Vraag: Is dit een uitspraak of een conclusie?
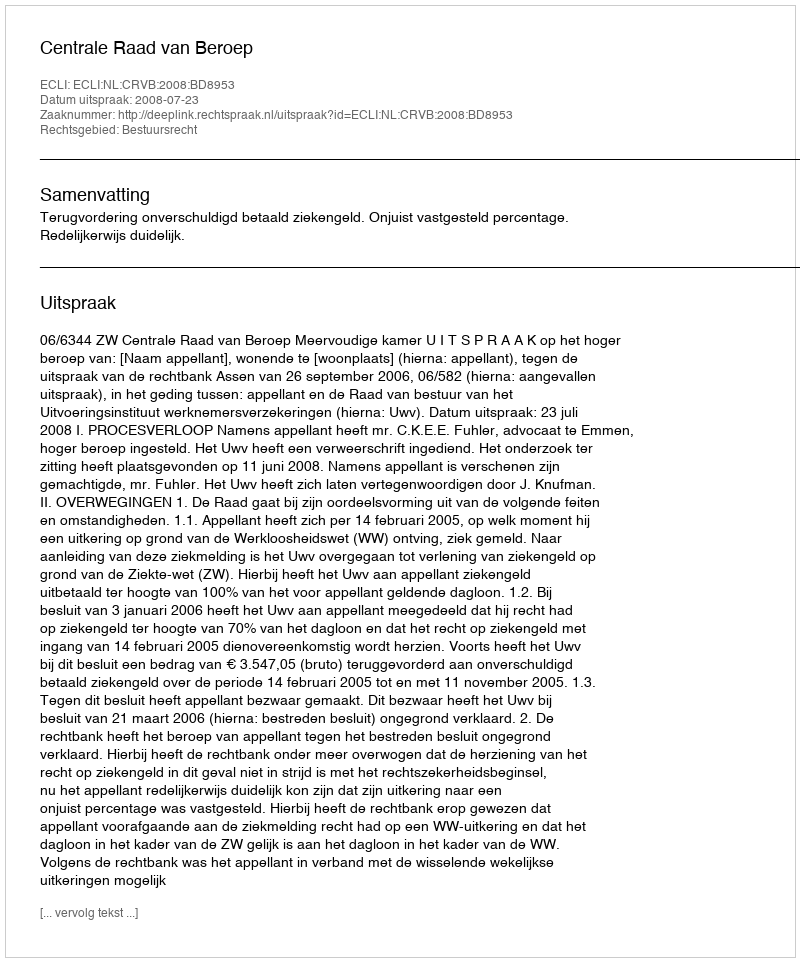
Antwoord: Uitspraak